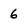
Character: 6